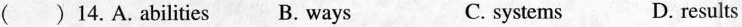
() 14.A.abilities B. ways C. systems D. results